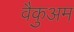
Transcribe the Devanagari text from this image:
वैकुअम